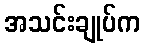
အသင်းချုပ်က